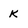
Character: K